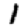
Digit: 1